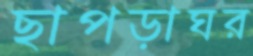
ছাপড়াঘর